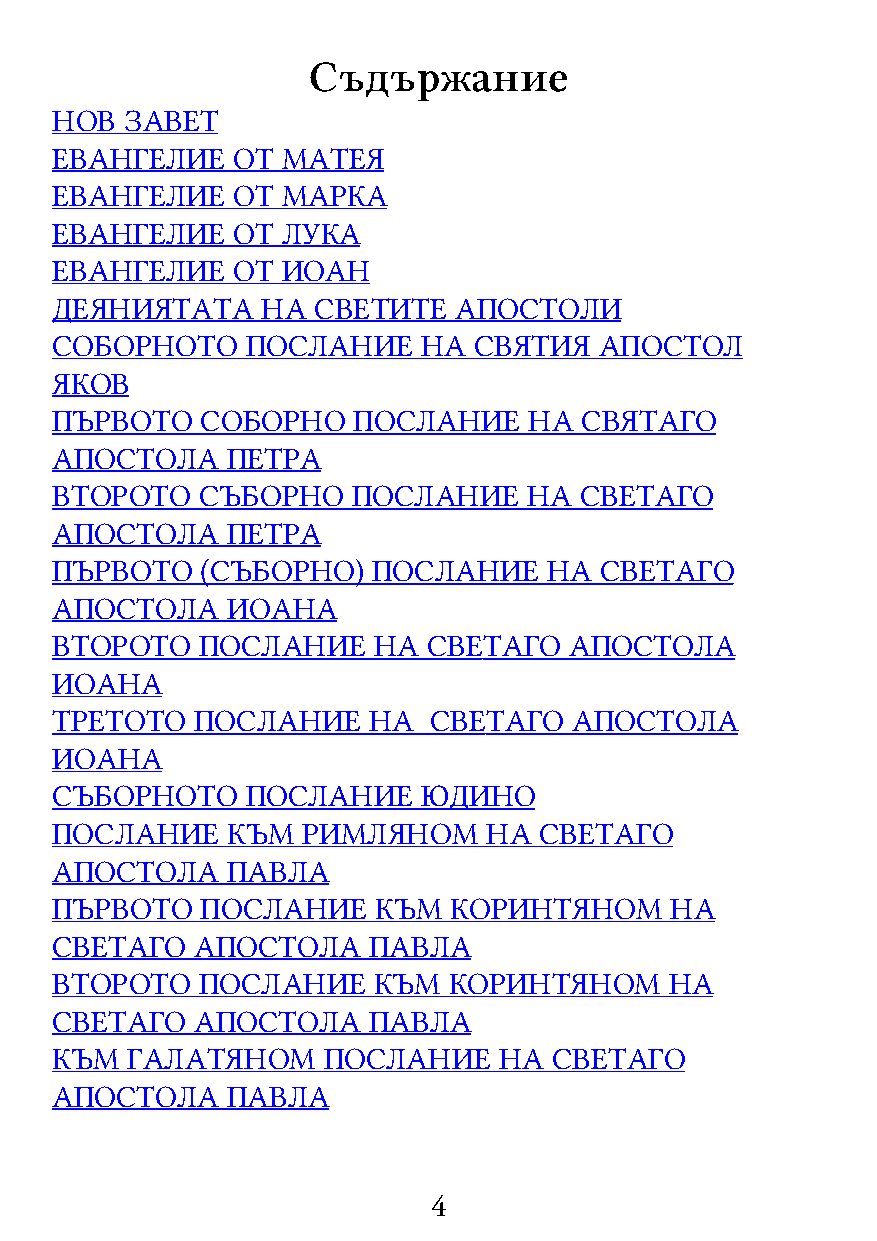
Съдържание
 НОВ  ЗАВЕТ
 ЕВАНГЕЛИЕ   ОТ  МАТЕЯ
 ЕВАНГЕЛИЕ   ОТ  МАРКА
 ЕВАНГЕЛИЕ   ОТ  ЛУКА
 ЕВАНГЕЛИЕ   ОТ  ИОАН
 ДЕЯНИЯТАТА    НА  СВЕТИТЕ  АПОСТОЛИ
 СОБОРНОТО    ПОСЛАНИЕ    НА СВЯТИЯ   АПОСТОЛ
 ЯКОВ
 ПЪРВОТО   СОБОРНО   ПОСЛАНИЕ    НА СВЯТАГО
 АПОСТОЛА    ПЕТРА
 ВТОРОТО   СЪБОРНО   ПОСЛАНИЕ    НА СВЕТАГО
 АПОСТОЛА    ПЕТРА
 ПЪРВОТО   (СЪБОРНО)   ПОСЛАНИЕ   НА  СВЕТАГО
 АПОСТОЛА    ИОАНА
 ВТОРОТО   ПОСЛАНИЕ    НА СВEТАГО   АПОСТОЛА
 ИОАНА
 ТРЕТОТО   ПОСЛАНИЕ   НА  СВEТАГО   АПОСТОЛА
 ИОАНА
 СЪБОРНОТО    ПОСЛАНИЕ    ЮДИНО
 ПОСЛАНИЕ    КЪМ  РИМЛЯНОМ    НА  СВЕТАГО
 АПОСТОЛА    ПАВЛА
 ПЪРВОТО   ПОСЛАНИЕ    КЪМ  КОРИНТЯНОМ    НА
 СВЕТАГО   АПОСТОЛА   ПАВЛА
 ВТОРОТО   ПОСЛАНИЕ    КЪМ  КОРИНТЯНОМ    НА
 СВЕТАГО   АПОСТОЛА   ПАВЛА
 КЪМ  ГАЛАТЯНОМ    ПОСЛАНИЕ    НА  СВЕТАГО
 АПОСТОЛА    ПАВЛА
 4